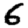
Digit: 6